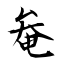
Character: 奙